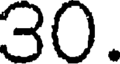
30.